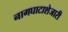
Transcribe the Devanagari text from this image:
नागघाटाशेजारी